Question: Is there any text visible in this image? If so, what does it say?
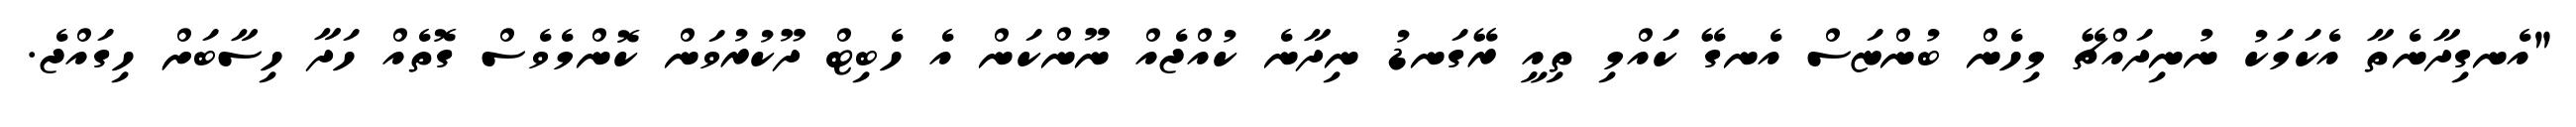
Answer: "އެނގިދާނެތާ އެކަމަކު ނުނިދައްޗޭ މިހެން ބުންޏަސް އެނގޭ ކައްމި ތިއީ ރޭގަނޑު ނިދާނެ ކުއްޖެއް ނޫންކަން އެ ހެބިޓް ދޫކުރުވަން ކޮންމެވެސް ގޮތެއް ހަދާ ހިސާބަށް ހިގައްޖެ.